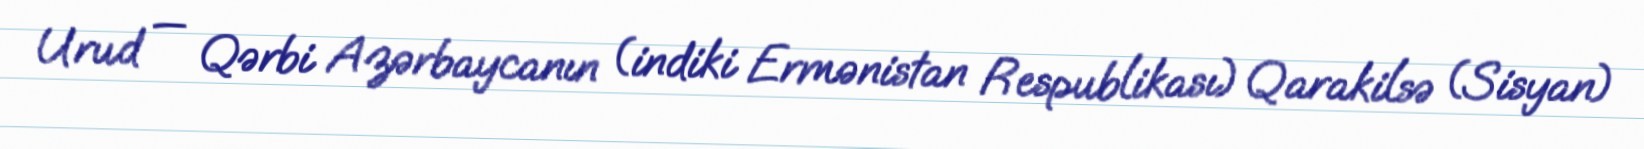
Urud — Qərbi Azərbaycanın (indiki Ermənistan Respublikası) Qarakilsə (Sisyan)